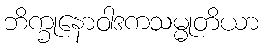
ဘိက္ခုနောဝါဒကသမ္မုတိယာ